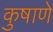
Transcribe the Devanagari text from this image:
कुषाणे